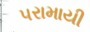
પરામાયી